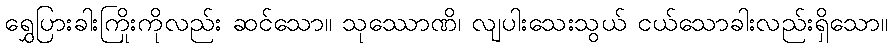
ရွှေပြားခါးကြိုးကိုလည်း ဆင်သော။ သုဿောဏိ၊ လျပါးသေးသွယ် ငယ်သောခါးလည်းရှိသော။